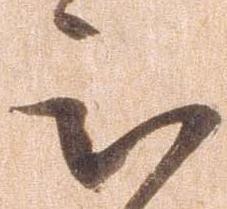
被